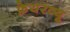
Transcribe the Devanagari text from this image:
फ़ेयरव्यू